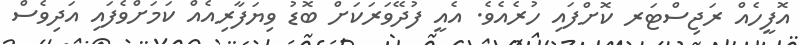
އޮފީހެއް ރަޖިސްޓަރ ކޮށްފައި ހުރެއެވެ. އެއީ ފުދޭވަރަކަށް ބޮޑު ވިޔަފާރިއެއް ކަމަށްވެފައި އަދިވެސް